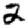
Digit: 2